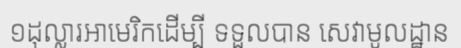
១ដុល្លារអាមេរិកដើម្បី ទទួលបាន សេវាមូលដ្ឋាន